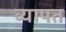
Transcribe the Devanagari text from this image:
व्‍यापत